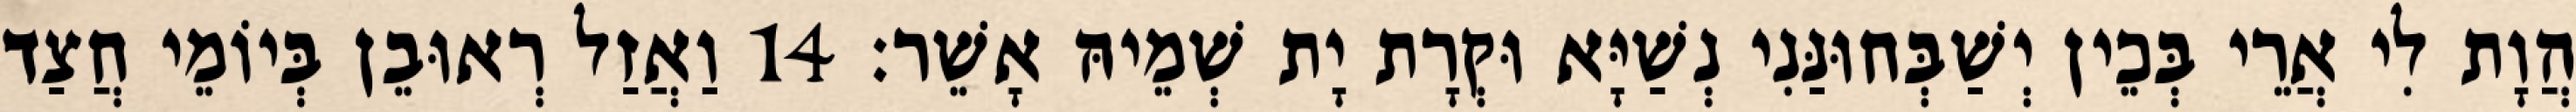
הֲוָת לִי אֲרֵי בְּכֵין יְשַׁבְּחוּנַּנִי נְשַׁיָּא וּקְרָת יָת שְׁמֵיהּ אָשֵׁר׃ 14 וַאֲזַל רְאוּבֵן בְּיוֹמֵי חֲצַד